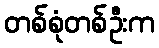
တစ်စုံတစ်ဦးက